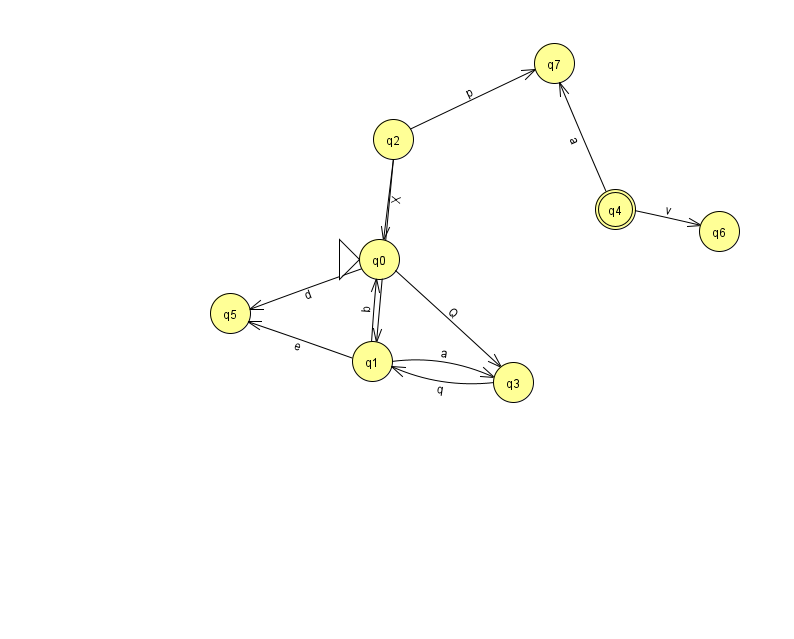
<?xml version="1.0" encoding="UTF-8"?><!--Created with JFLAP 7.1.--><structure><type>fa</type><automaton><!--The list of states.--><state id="0" name="q0"><x>379.0</x><y>246.0</y><initial/></state><state id="1" name="q1"><x>372.0</x><y>348.0</y></state><state id="2" name="q2"><x>393.0</x><y>126.0</y></state><state id="3" name="q3"><x>513.0</x><y>369.0</y></state><state id="4" name="q4"><x>615.0</x><y>196.0</y><final/></state><state id="5" name="q5"><x>230.0</x><y>300.0</y></state><state id="6" name="q6"><x>719.0</x><y>218.0</y></state><state id="7" name="q7"><x>554.0</x><y>50.0</y></state><!--The list of transitions.--><transition><from>0</from><to>5</to><read>d</read></transition><transition><from>2</from><to>1</to><read>Y</read></transition><transition><from>0</from><to>3</to><read>Q</read></transition><transition><from>1</from><to>5</to><read>e</read></transition><transition><from>2</from><to>0</to><read>X</read></transition><transition><from>4</from><to>7</to><read>a</read></transition><transition><from>1</from><to>0</to><read>b</read></transition><transition><from>2</from><to>7</to><read>p</read></transition><transition><from>1</from><to>3</to><read>a</read></transition><transition><from>3</from><to>1</to><read>q</read></transition><transition><from>4</from><to>6</to><read>v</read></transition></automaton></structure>